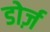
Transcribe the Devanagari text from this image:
डोर्ज़